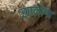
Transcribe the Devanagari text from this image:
ह्यालोमा